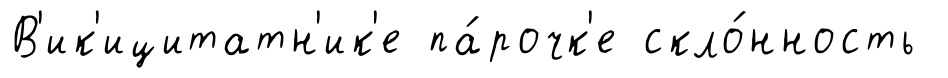
В'ик'ицитатн'ик'е па́рочк'е скло́нность